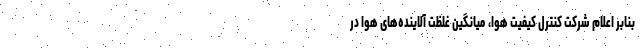
بنابر اعلام شرکت کنترل کیفیت هوا، میانگین غلظت آلاینده‌های هوا در